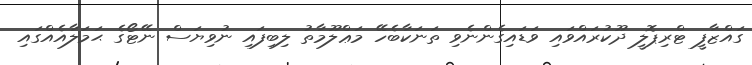
ގައްޒާފީ ޓްރިޕޮލީ ދޫކުރައްވައި ވަޑައިގެންނެވި ތަނަކާބެހޭ މަޢްލޫމާތު ލިބިފައި ނުވިޔަސް ނޭޓޯގެ ޙަމަލާއެއްގައި